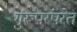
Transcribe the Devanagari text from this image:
गुरूपरंपरेत